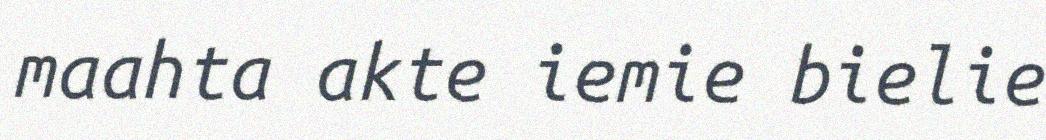
maahta akte iemie bielie